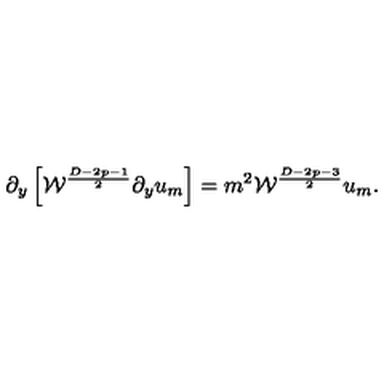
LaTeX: \partial _ { y } \left[ { \cal W } ^ { \frac { D - 2 p - 1 } { 2 } } \partial _ { y } u _ { m } \right] = m ^ { 2 } { \cal W } ^ { \frac { D - 2 p - 3 } { 2 } } u _ { m } .